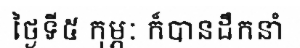
ថ្ងៃទី៥ កុម្ភៈ ក៏បានដឹកនាំ